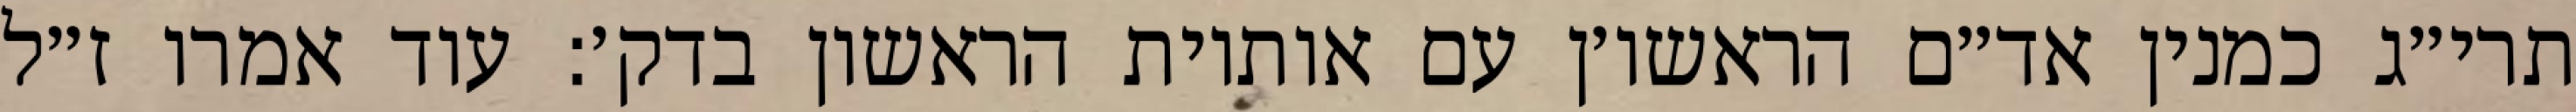
תרי״ג כמנין אד״ם הראשו׳ן עם אותיות הראשון בדק׳: עוד אמרו ז״ל